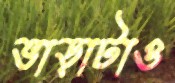
ভাড়াটাও